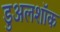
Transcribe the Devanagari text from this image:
डुअलशॉक